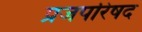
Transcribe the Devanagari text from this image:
प्रजपरिषद